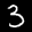
Label: 3